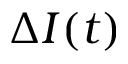
\Delta I ( t )